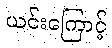
ယင်းကြောင့်